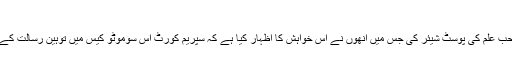
ڈاکٹر محمد مشتاق احمد
ابھی ایک دوست نے ایک صاحب علم کی پوسٹ شیئر کی جس میں انھوں نے اس خواہش کا اظہار کیا ہے کہ سپریم کورٹ اس سوموٹو کیس میں توہین رسالت کے قانون کو بھی revisit کرے۔